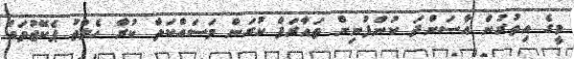
މީގެ އިތުރުން އާސަންދަ ކުންފުނިން ތައާރަފް ކުރަން މަސައްކަތް ކުރާ ހެލްތު ޕެކޭޖުތައް